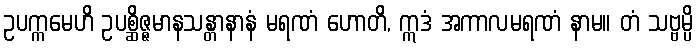
ဥပက္ကမေဟိ ဥပစ္ဆိဇ္ဇမာနသန္တာနာနံ မရဏံ ဟောတိ, ဣဒံ အကာလမရဏံ နာမ။ တံ သဗ္ဗမ္ပိ